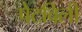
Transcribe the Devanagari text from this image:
पेटविली